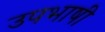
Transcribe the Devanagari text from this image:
उपभाषी